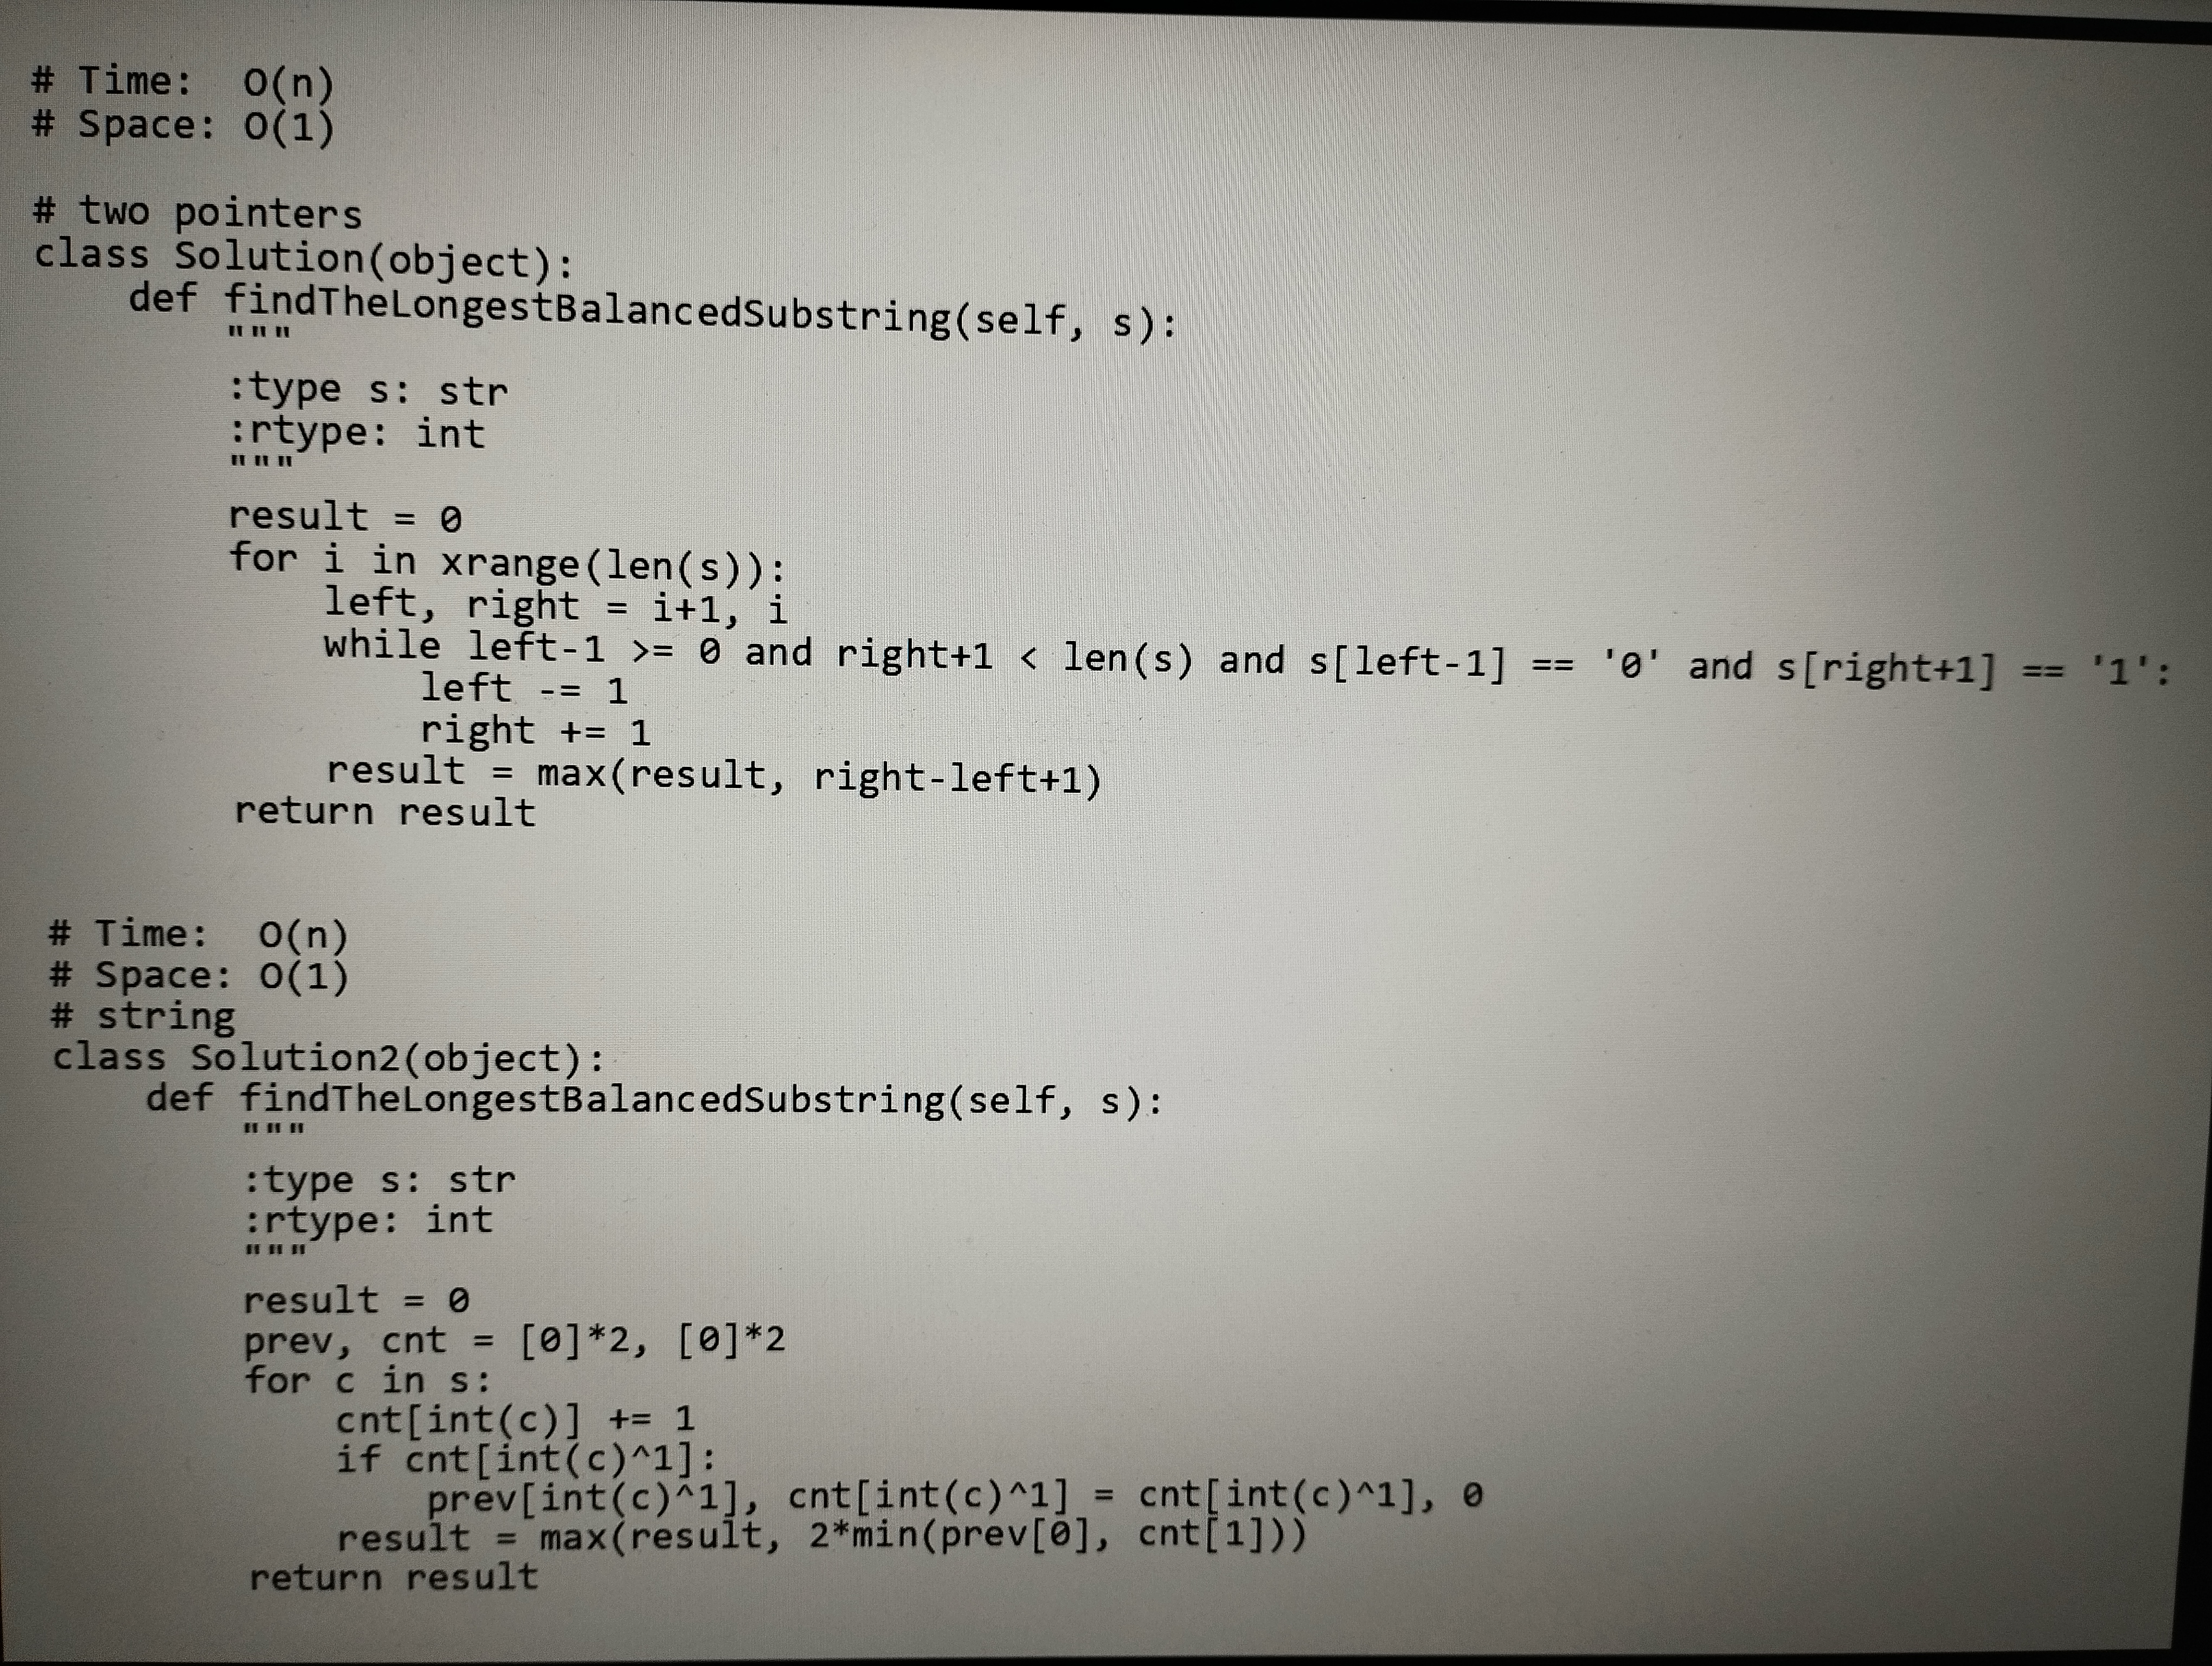
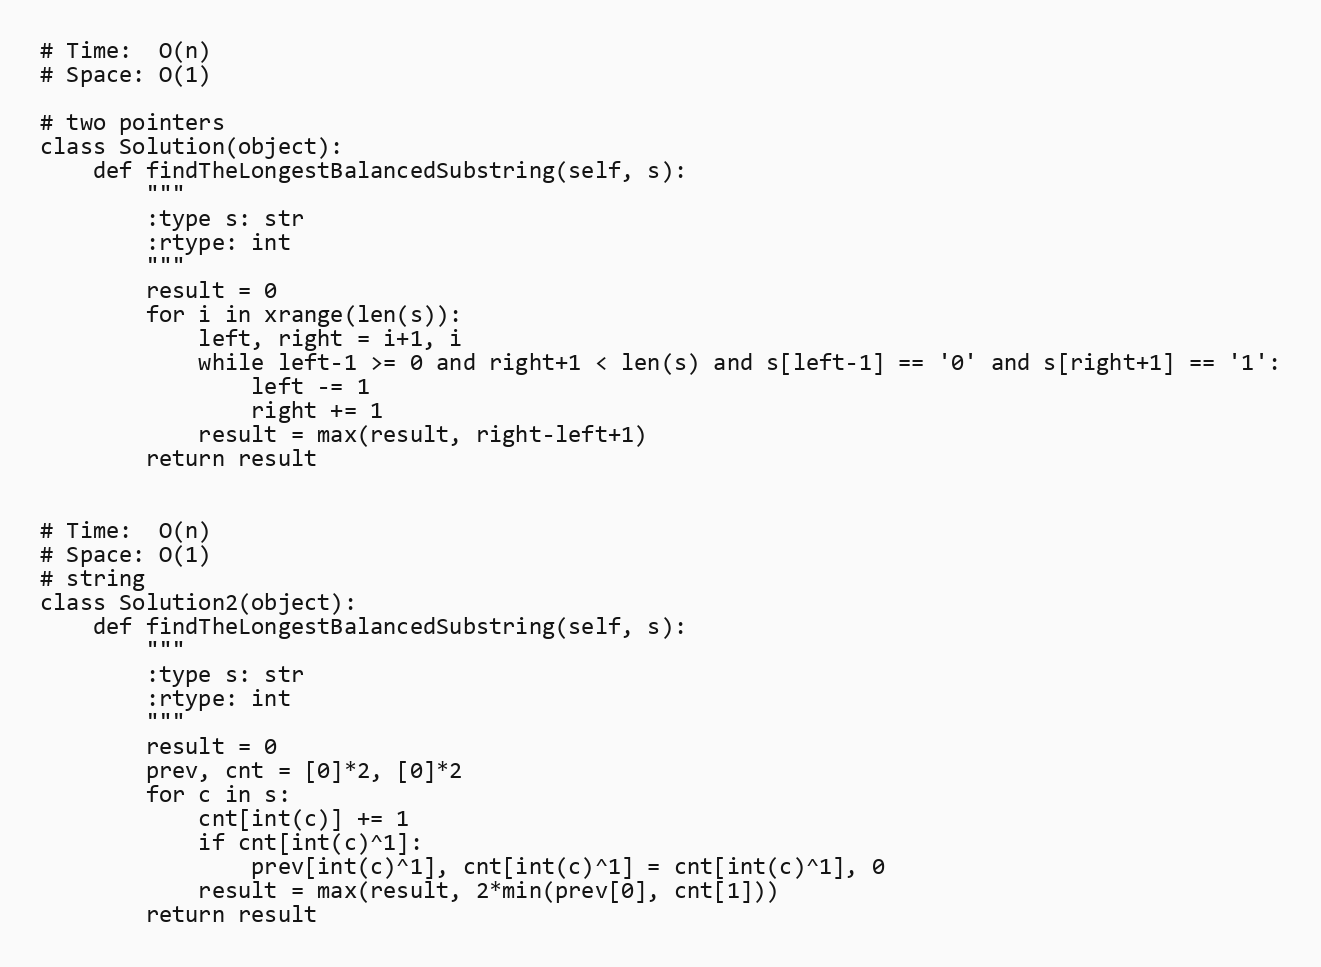
# Time:  O(n)
# Space: O(1)

# two pointers
class Solution(object):
    def findTheLongestBalancedSubstring(self, s):
        """
        :type s: str
        :rtype: int
        """
        result = 0
        for i in xrange(len(s)):
            left, right = i+1, i
            while left-1 >= 0 and right+1 < len(s) and s[left-1] == '0' and s[right+1] == '1':
                left -= 1
                right += 1
            result = max(result, right-left+1)
        return result

# Time:  O(n)
# Space: O(1)
# string
class Solution2(object):
    def findTheLongestBalancedSubstring(self, s):
        """
        :type s: str
        :rtype: int
        """
        result = 0
        prev, cnt = [0]*2, [0]*2
        for c in s:
            cnt[int(c)] += 1
            if cnt[int(c)^1]:
                prev[int(c)^1], cnt[int(c)^1] = cnt[int(c)^1], 0
            result = max(result, 2*min(prev[0], cnt[1]))
        return result